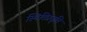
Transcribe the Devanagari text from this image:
स्थितिप्रवृत्ति